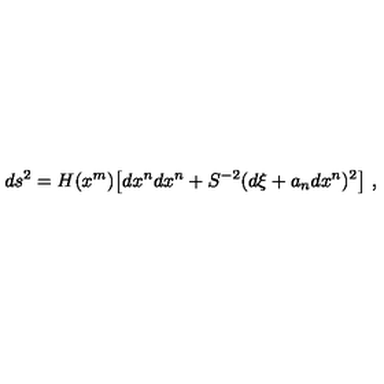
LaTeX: d s ^ { 2 } = H ( x ^ { m } ) \bigl [ d x ^ { n } d x ^ { n } + S ^ { - 2 } ( d \xi + a _ { n } d x ^ { n } ) ^ { 2 } \bigr ] \ ,